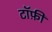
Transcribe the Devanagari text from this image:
टॉफ़ी